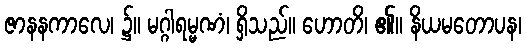
ဇာနနကာလေ၊ ၌။ မဂ္ဂါရမ္မဏံ၊ ရှိသည်။ ဟောတိ၊ ၏။ နိယမတောပန၊